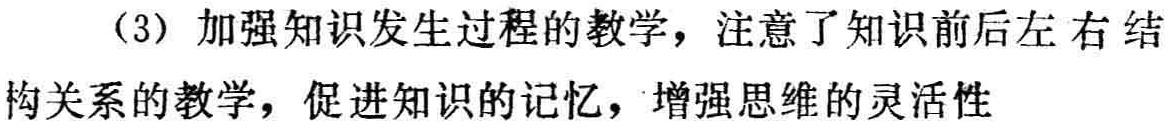
（3）加强知识发生过程的教学，注意了知识前后左右结构关系的教学，促进知识的记忆，增强思维的灵活性